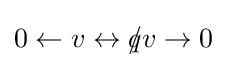
0\leftarrow v\leftrightarrow q\!\!\!/v\rightarrow 0